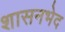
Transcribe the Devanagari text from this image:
शासनभेद